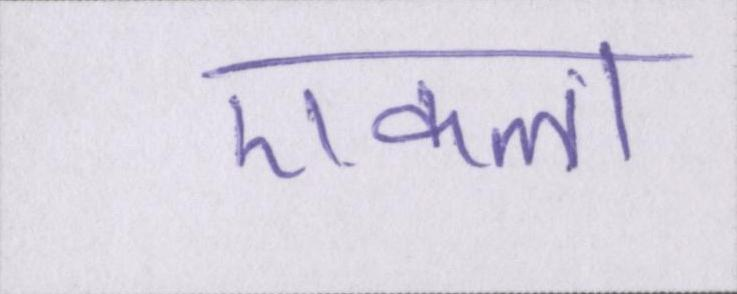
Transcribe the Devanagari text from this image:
एकला